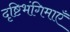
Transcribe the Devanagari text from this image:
दृष्टिभंगिमाएँ